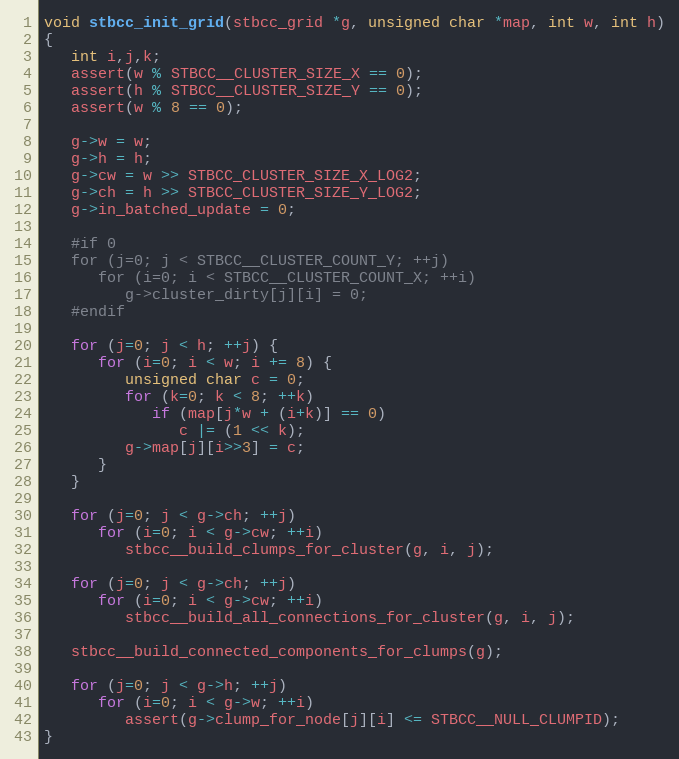
Language: C
void stbcc_init_grid(stbcc_grid *g, unsigned char *map, int w, int h)
{
   int i,j,k;
   assert(w % STBCC__CLUSTER_SIZE_X == 0);
   assert(h % STBCC__CLUSTER_SIZE_Y == 0);
   assert(w % 8 == 0);

   g->w = w;
   g->h = h;
   g->cw = w >> STBCC_CLUSTER_SIZE_X_LOG2;
   g->ch = h >> STBCC_CLUSTER_SIZE_Y_LOG2;
   g->in_batched_update = 0;

   #if 0
   for (j=0; j < STBCC__CLUSTER_COUNT_Y; ++j)
      for (i=0; i < STBCC__CLUSTER_COUNT_X; ++i)
         g->cluster_dirty[j][i] = 0;
   #endif

   for (j=0; j < h; ++j) {
      for (i=0; i < w; i += 8) {
         unsigned char c = 0;
         for (k=0; k < 8; ++k)
            if (map[j*w + (i+k)] == 0)
               c |= (1 << k);
         g->map[j][i>>3] = c;
      }
   }

   for (j=0; j < g->ch; ++j)
      for (i=0; i < g->cw; ++i)
         stbcc__build_clumps_for_cluster(g, i, j);

   for (j=0; j < g->ch; ++j)
      for (i=0; i < g->cw; ++i)
         stbcc__build_all_connections_for_cluster(g, i, j);

   stbcc__build_connected_components_for_clumps(g);

   for (j=0; j < g->h; ++j)
      for (i=0; i < g->w; ++i)
         assert(g->clump_for_node[j][i] <= STBCC__NULL_CLUMPID);
}